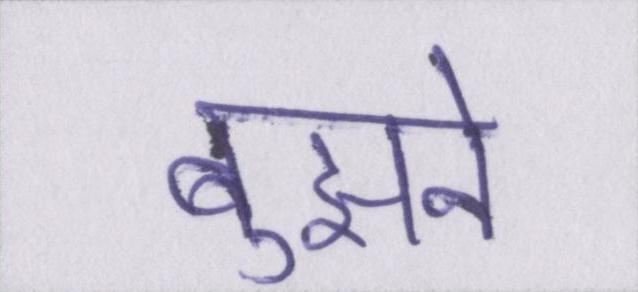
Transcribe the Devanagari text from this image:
बुझने